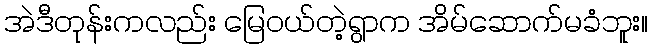
အဲဒီတုန်းကလည်း မြေဝယ်တဲ့ရွာက အိမ်ဆောက်မခံဘူး။